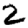
Digit: 2